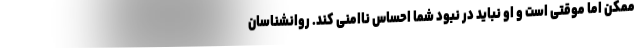
ممکن اما موقتی است و او نباید در نبود شما احساس ناامنی کند. روانشناسان